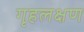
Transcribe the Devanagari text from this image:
गृहलक्षण